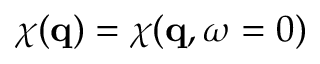
\chi ( \mathbf { q } ) = \chi ( \mathbf { q } , \omega = 0 )